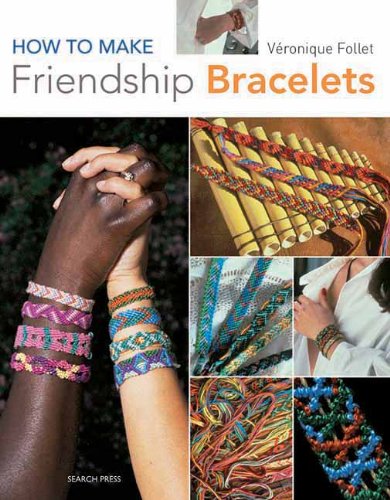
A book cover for How to Make Friendship Bracelets; Veronique Follet; Crafts, Hobbies & Home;